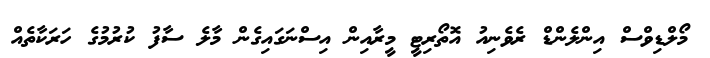
މޯލްޑިވްސް އިންލެންޑް ރެވެނިއު އޮތޯރިޓީ މީރާއިން އިސްނަގައިގެން މާލެ ސާފު ކުރުމުގެ ހަރަކާތެއް